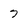
Character: 7